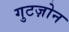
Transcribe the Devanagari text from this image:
गुटज़ोन